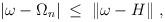
LaTeX: \begin{align*}|\omega - \Omega_n| \;\leq\; \|\omega - H \|\;,\end{align*}